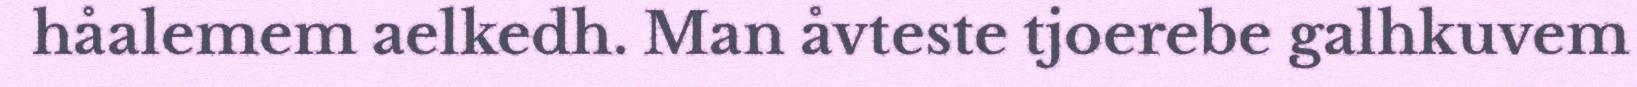
håalemem aelkedh. Man åvteste tjoerebe galhkuvem